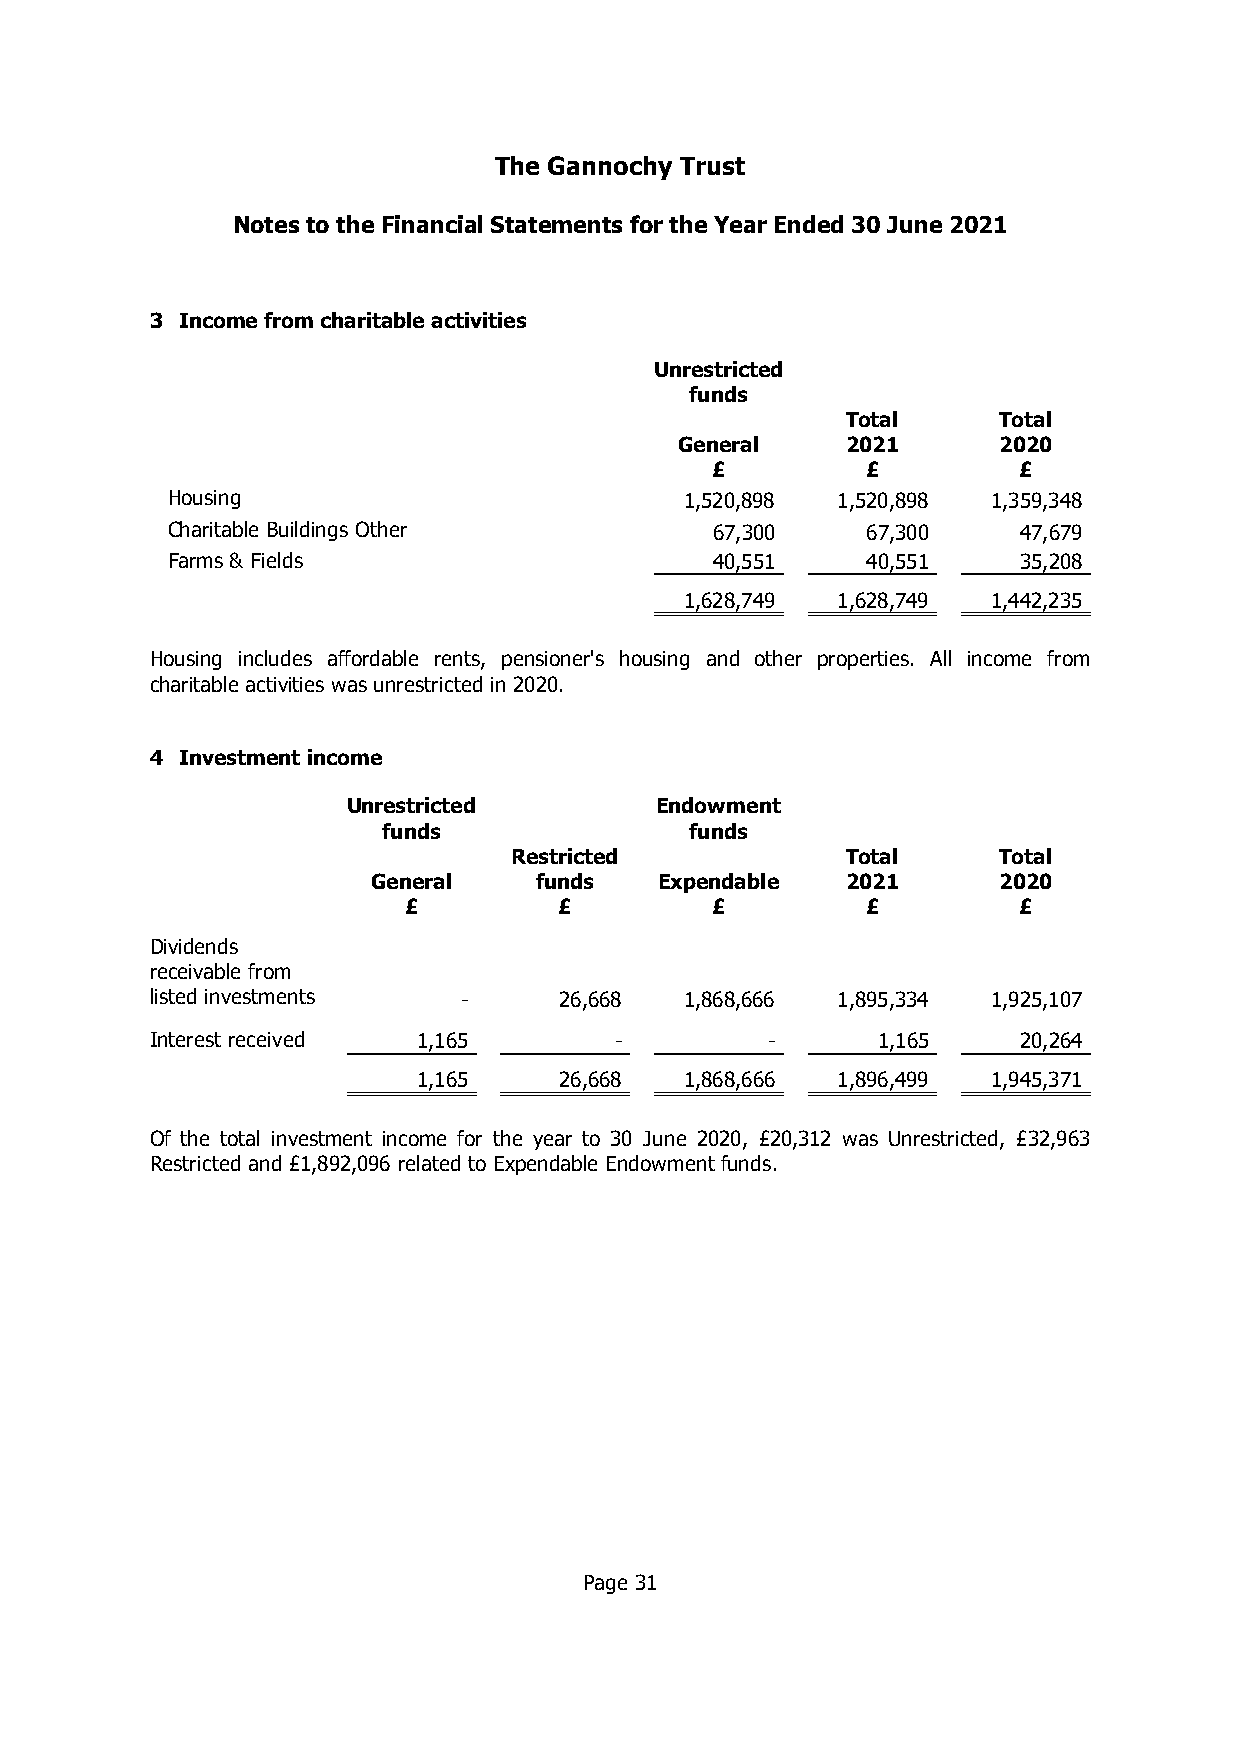
The Gannochy Trust
 Notes to the Financial Statements for the Year Ended 30 June 2021
 3 Income from charitable activities
 Unrestricted
 funds
 Total     Total
 General    2021      2020
 £         £         £
 Housing                           1,520,898 1,520,898  1,359,348
 Charitable Buildings Other          67,300    67,300    47,679
 Farms & Fields                      40,551    40,551    35,208
 1,628,749 1,628,749  1,442,235
 Housing includes affordable rents, pensioner's housing and other properties. All income from
 charitable activities was unrestricted in 2020.
 4 Investment income
 Unrestricted        Endowment
 funds                funds
 Restricted            Total     Total
 General   funds    Expendable  2021      2020
 £         £         £         £         £
 Dividends
 receivable from
 listed investments   -     26,668  1,868,666 1,895,334  1,925,107
 Interest received 1,165        -         -      1,165    20,264
 1,165    26,668  1,868,666 1,896,499  1,945,371
 Of the total investment income for the year to 30 June 2020, £20,312 was Unrestricted, £32,963
 Restricted and £1,892,096 related to Expendable Endowment funds.
 Page 31